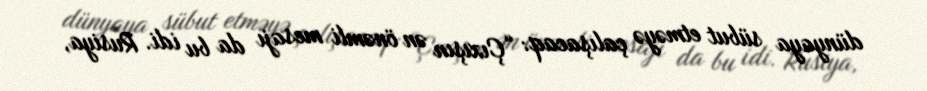
dünyaya sübut etməyə çalışacaq: “Çıxışın ən önəmli mesajı da bu idi. Rusiya,